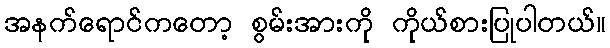
အနက်ရောင်ကတော့ စွမ်းအားကို ကိုယ်စားပြုပါတယ်။